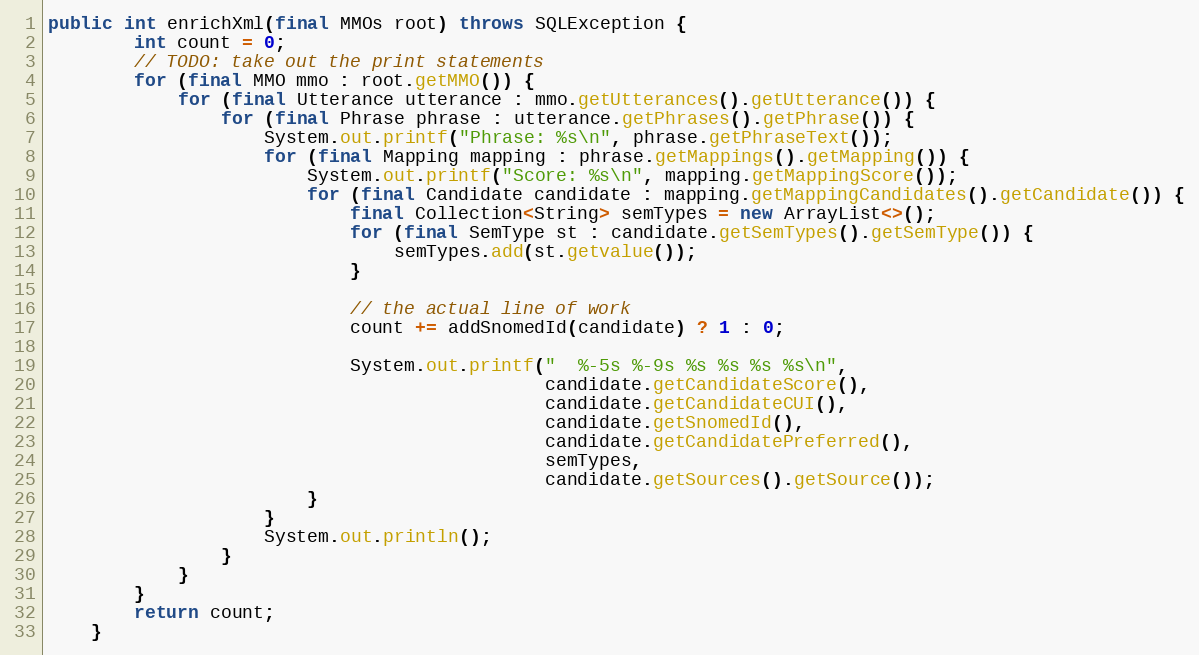
Language: Java
public int enrichXml(final MMOs root) throws SQLException {
        int count = 0;
        // TODO: take out the print statements
        for (final MMO mmo : root.getMMO()) {
            for (final Utterance utterance : mmo.getUtterances().getUtterance()) {
                for (final Phrase phrase : utterance.getPhrases().getPhrase()) {
                    System.out.printf("Phrase: %s\n", phrase.getPhraseText());
                    for (final Mapping mapping : phrase.getMappings().getMapping()) {
                        System.out.printf("Score: %s\n", mapping.getMappingScore());
                        for (final Candidate candidate : mapping.getMappingCandidates().getCandidate()) {
                            final Collection<String> semTypes = new ArrayList<>();
                            for (final SemType st : candidate.getSemTypes().getSemType()) {
                                semTypes.add(st.getvalue());
                            }

                            // the actual line of work
                            count += addSnomedId(candidate) ? 1 : 0;

                            System.out.printf("  %-5s %-9s %s %s %s %s\n",
                                              candidate.getCandidateScore(),
                                              candidate.getCandidateCUI(),
                                              candidate.getSnomedId(),
                                              candidate.getCandidatePreferred(),
                                              semTypes,
                                              candidate.getSources().getSource());
                        }
                    }
                    System.out.println();
                }
            }
        }
        return count;
    }